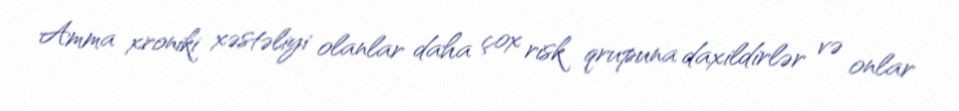
Amma xroniki xəstəliyi olanlar daha çox risk qrupuna daxildirlər və onlar